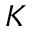
K